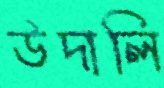
উদালি